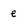
Character: e